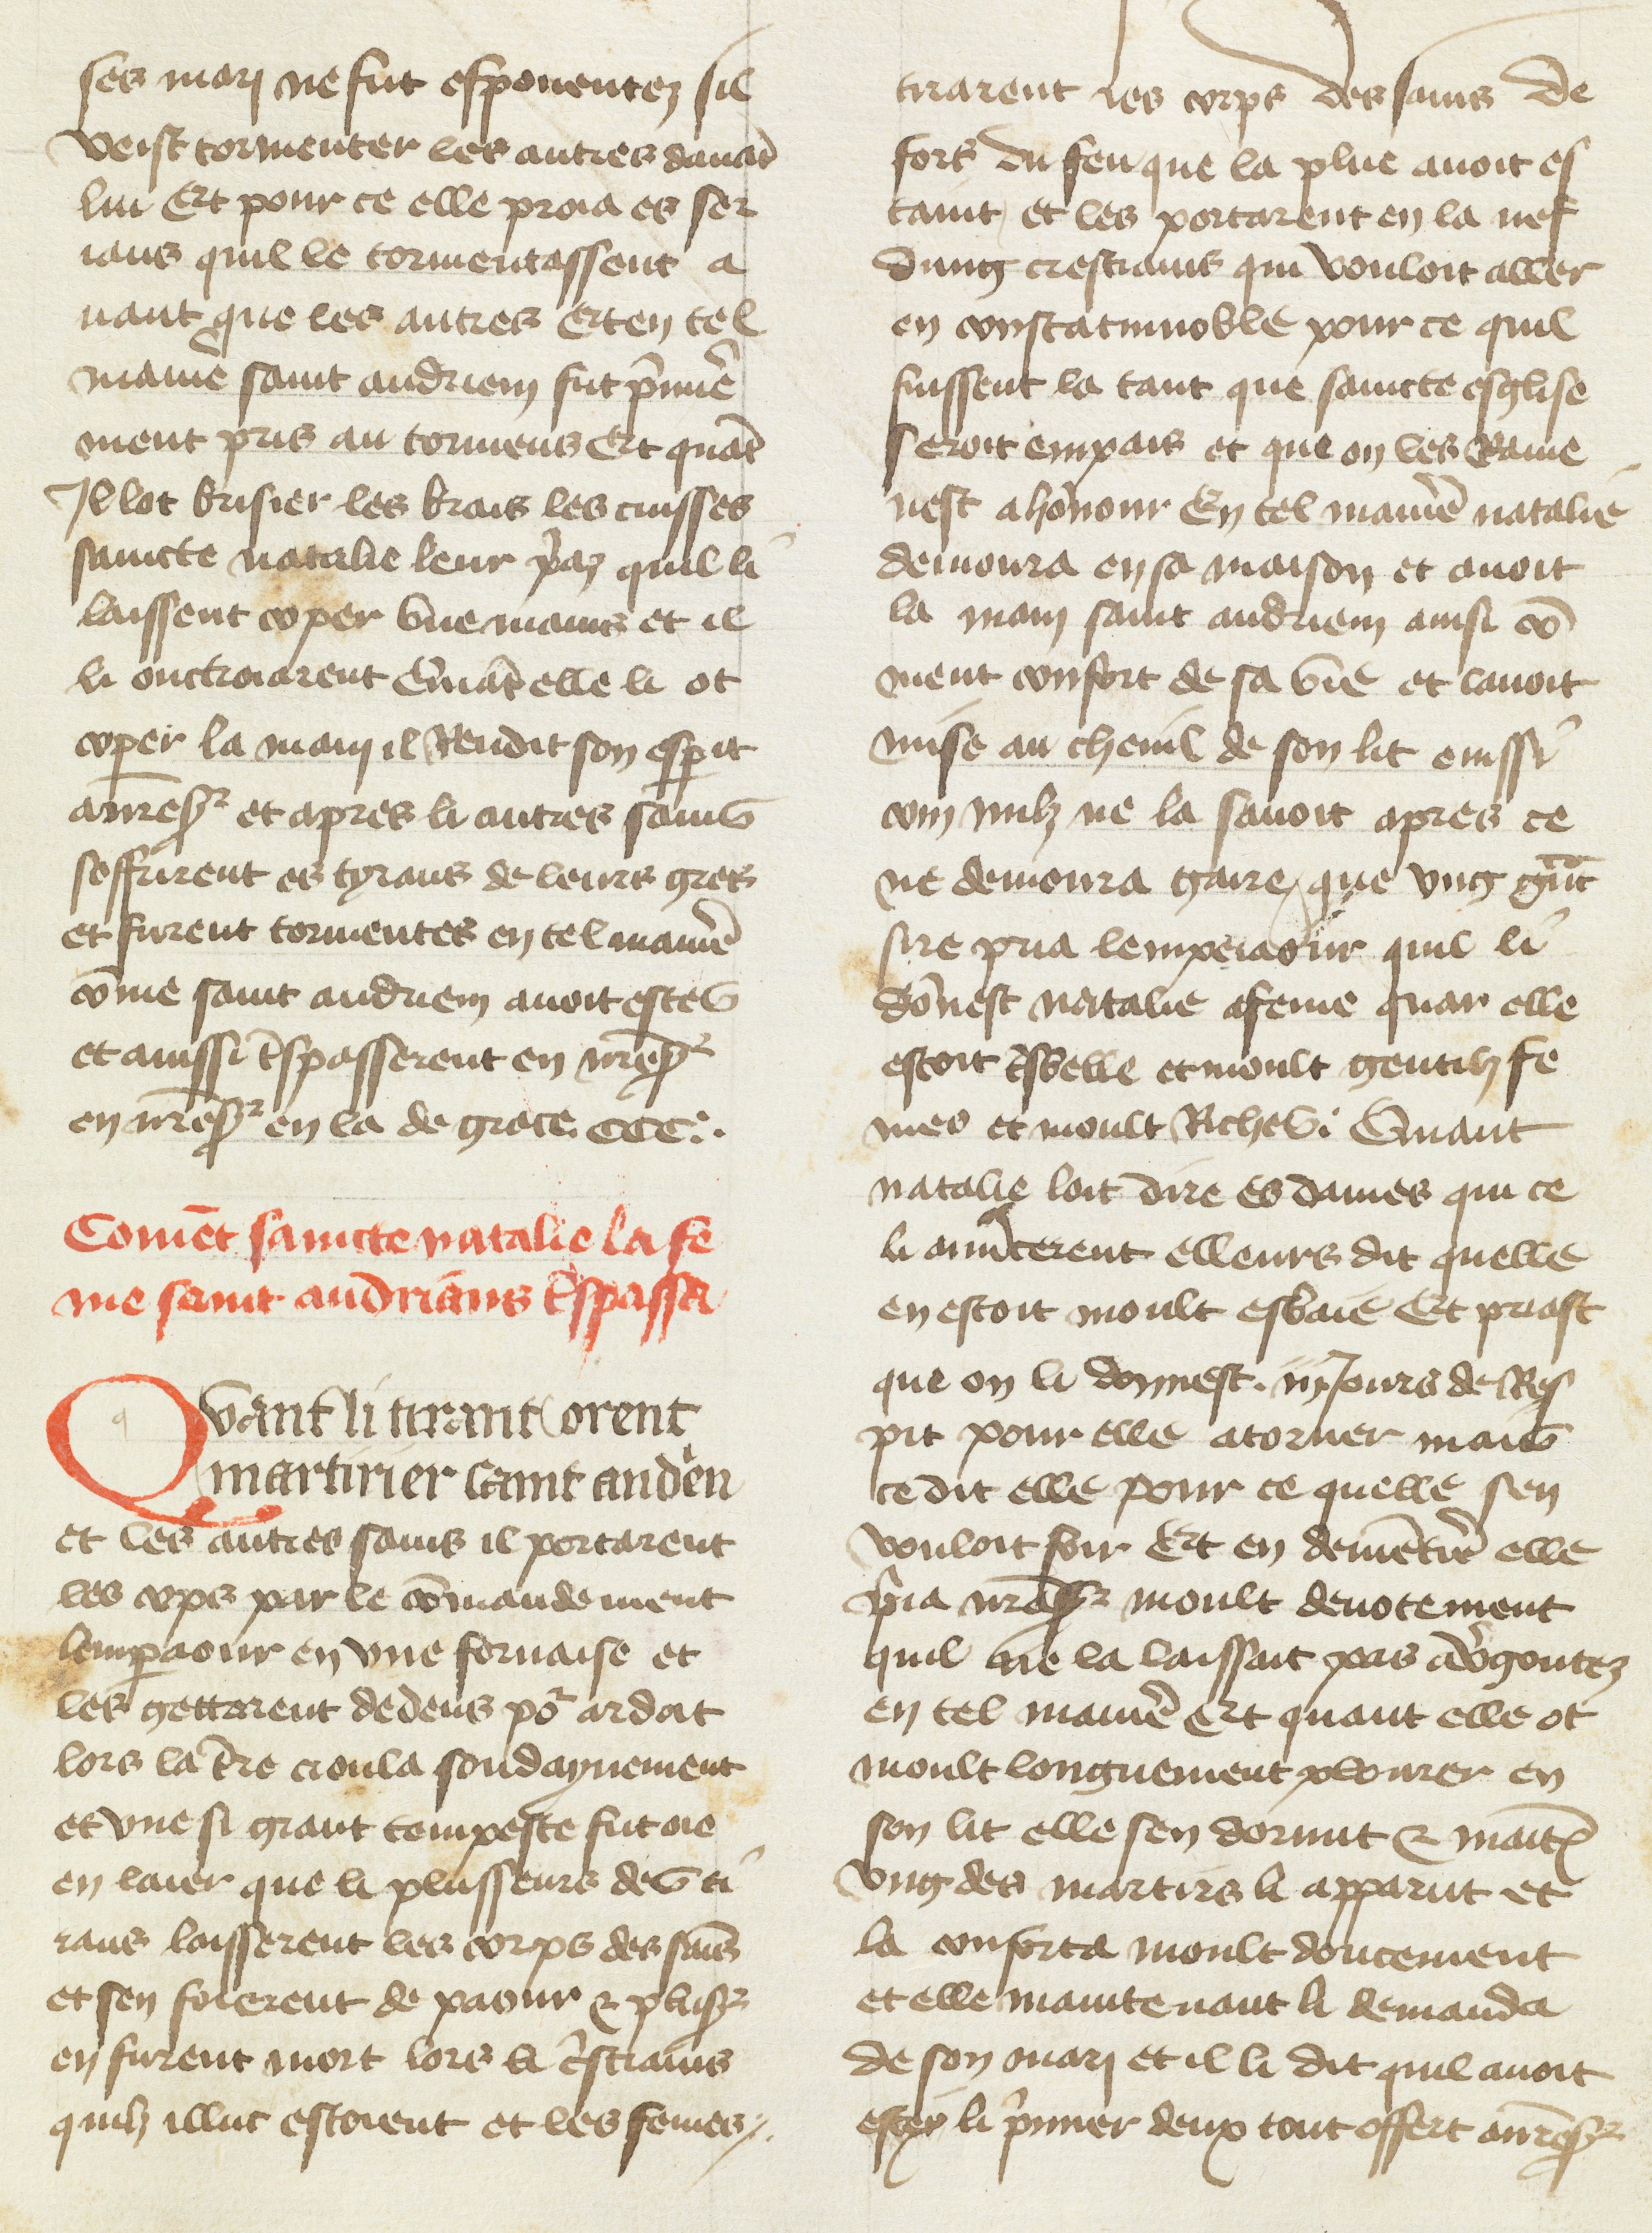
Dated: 1400–1499